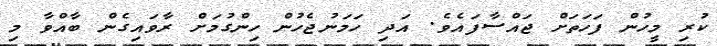
ކުރި މީހުން ފަހަތަށް ޖައްސާފައެވެ. އަދި ހަމަނުޖެހުން ހިންގުމަށް ރާވައިގެން ބާއްވާ މި